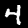
Digit: 4